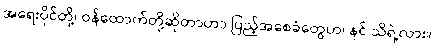
အရေးပိုင်တို့၊ ဝန်ထောက်တို့ဆိုတာဟာ ပြည့်အစေခံတွေဟ၊ နင် သိရဲ့လား။